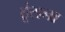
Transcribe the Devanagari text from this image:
ठूंसना